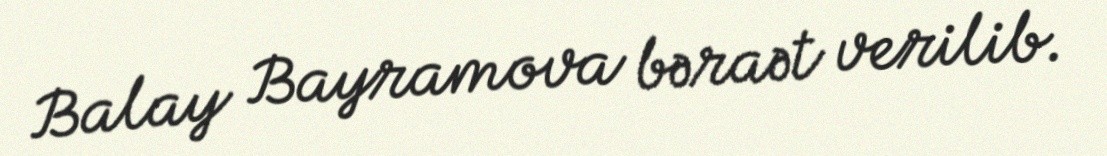
Balay Bayramova bəraət verilib.